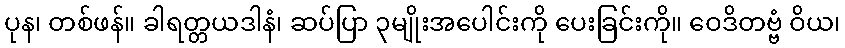
ပုန၊ တစ်ဖန်။ ခါရတ္တယဒါနံ၊ ဆပ်ပြာ ၃မျိုးအပေါင်းကို ပေးခြင်းကို။ ဝေဒိတဗ္ဗံ ဝိယ၊